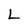
Character: L